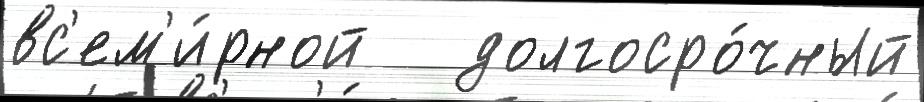
вс'ем'и́рной   долгосро́чный